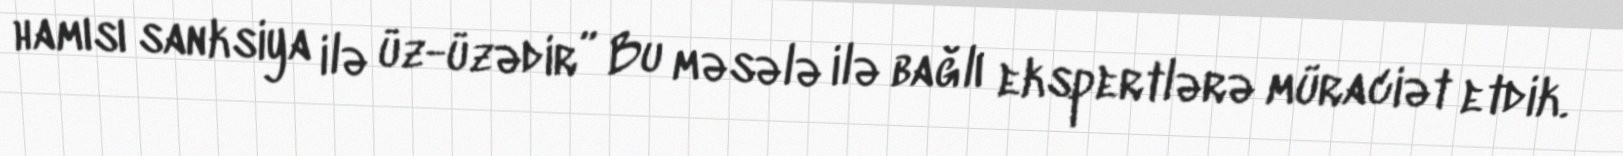
hamısı sanksiya ilə üz-üzədir” Bu məsələ ilə bağlı ekspertlərə müraciət etdik.